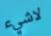
لاشيء